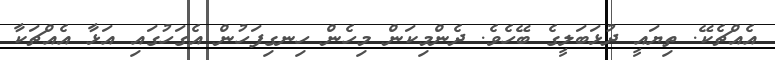
އެއްޗެކޭ. ތިޔައީ ދުޅަބަލީގެ ބޭހެވެ. ދެންމިކަން މިހެން ހިނގިފަހުން އެގަހުގައި އަޅާ އެއްޗަކާ